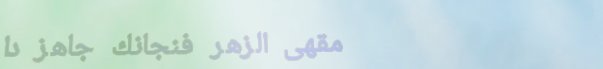
مقهى الزهر فنجانك جاهز دا